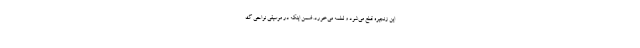
این زنجیره قطع می‌شود و لطمه می‌خورد. ضمن اینکه در موسیقی نواحی گ